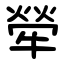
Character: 犖